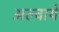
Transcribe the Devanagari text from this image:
अल्वाये